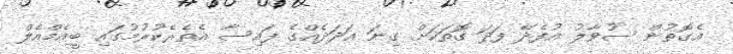
އެގޮތުން ސުވާލު އުފެދޭ ފަދަ ގޮތަކަށް ގިނަ އަދަދެއްގެ ފައިސާ އެތެރެކުރުމުގައި ބީއެމްއެލް